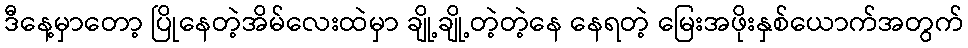
ဒီနေ့မှာတော့ ပြိုနေတဲ့အိမ်လေးထဲမှာ ချို့ချို့တဲ့တဲ့နေ နေရတဲ့ မြေးအဖိုးနှစ်ယောက်အတွက်